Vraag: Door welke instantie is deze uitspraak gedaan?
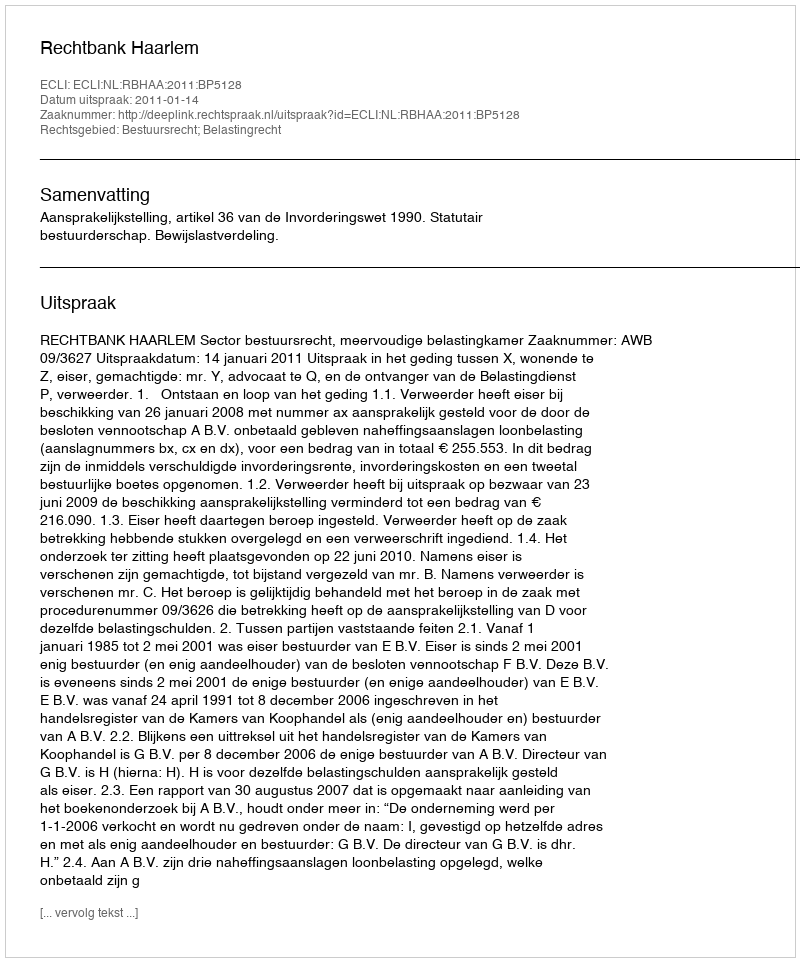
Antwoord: Rechtbank Haarlem